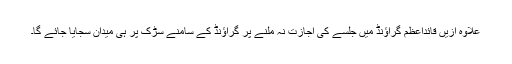
علاوہ ازیں قائداعظم گراؤنڈ میں جلسے کی اجازت نہ ملنے پر گراؤنڈ کے سامنے سڑک پر ہی میدان سجایا جائے گا۔